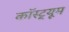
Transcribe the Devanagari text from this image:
कॉस्ट़्यूम